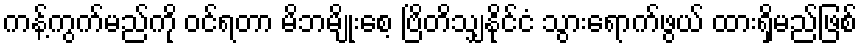
ကန့်ကွက်မည်ကို ဝင်ရတာ မိဘမျိုးစေ့ ဗြိတိသျှနိုင်ငံ သွားရောက်ဖွယ် ထားရှိမည်ဖြစ်